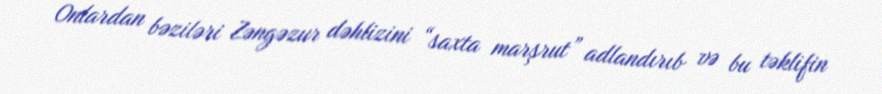
Onlardan bəziləri Zəngəzur dəhlizini “saxta marşrut” adlandırıb və bu təklifin